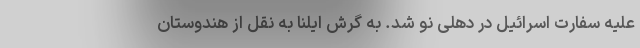
علیه سفارت اسرائیل در دهلی نو شد. به گرش ایلنا به نقل از هندوستان